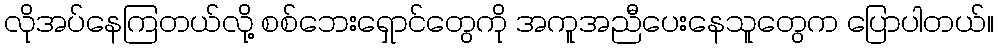
လိုအပ်နေကြတယ်လို့ စစ်ဘေးရှောင်တွေကို အကူအညီပေးနေသူတွေက ပြောပါတယ်။